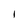
Character: l